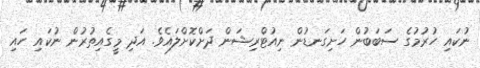
ނުކައި ހުރުމުގެ ސަބަބުން ހަށިގަނޑުން ނިއުޓްރިޝަން ދަށްކޮށްލައެވެ. އަދި މީގެއިތުރުން ނުކައި ހައި